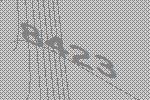
8423